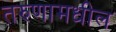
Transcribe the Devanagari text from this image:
तरुणामधील